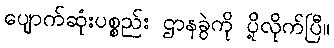
ပျောက်ဆုံးပစ္စည်း ဌာနခွဲကို ပို့လိုက်ပြီ။